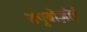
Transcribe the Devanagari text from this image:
क्युबोज़ोई